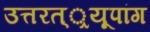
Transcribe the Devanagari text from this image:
उत्तरत््रयूपांग